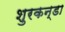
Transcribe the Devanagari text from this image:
शुरकन्डा